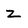
Character: Z